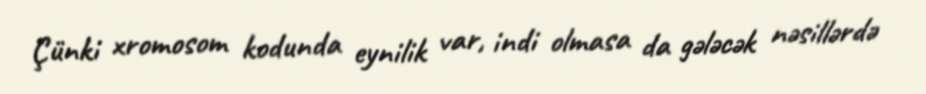
Çünki xromosom kodunda eynilik var, indi olmasa da gələcək nəsillərdə